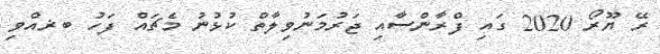
ރޭ ޔޫރޯ 2020 ގައި ފްރާންސާއި ޖަރުމަނުވިލާތް ކުޅުނު މެޗައް ފަހު ބޜއްވި